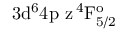
\mathrm { 3 d ^ { 6 } 4 p \ z \, ^ { 4 } F _ { 5 / 2 } ^ { o } }